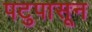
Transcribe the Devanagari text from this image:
पटुपासून